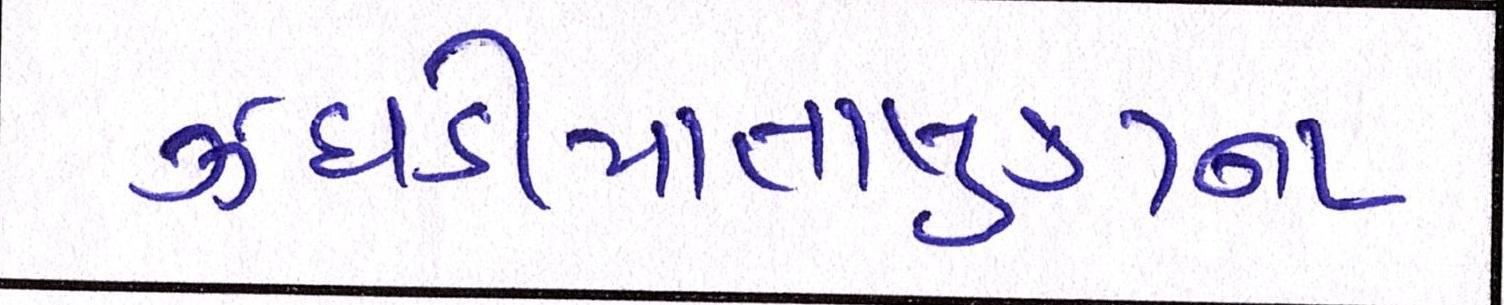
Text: ઝઘડીયાતાલુકાના